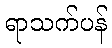
ရာသက်ပန်